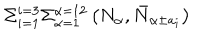
\Sigma _ { i = 1 } ^ { i = 3 } \Sigma _ { \alpha = 1 } ^ { \alpha = 1 2 } \left( N _ { \alpha } , \bar { N } _ { \alpha \pm a _ { i } } \right)